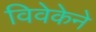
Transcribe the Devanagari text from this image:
विवेकेने